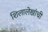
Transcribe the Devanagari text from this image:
शिलालेखांची